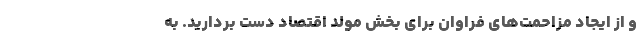
و از ایجاد مزاحمت‌های فراوان برای بخش مولد اقتصاد دست بردارید. به